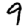
Digit: 9